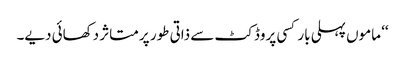
‘‘ ماموں پہلی بار کسی پروڈکٹ سے ذاتی طور پر متاثر دکھائی دیے۔